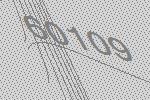
60109